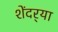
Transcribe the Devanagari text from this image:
शेंदर्‍या